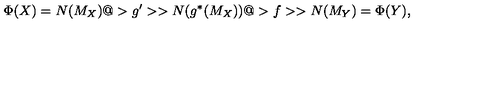
\Phi ( X ) = N ( M _ { X } ) @ > g ^ { \prime } > > N ( g ^ { * } ( M _ { X } ) ) @ > f > > N ( M _ { Y } ) = \Phi ( Y ) ,